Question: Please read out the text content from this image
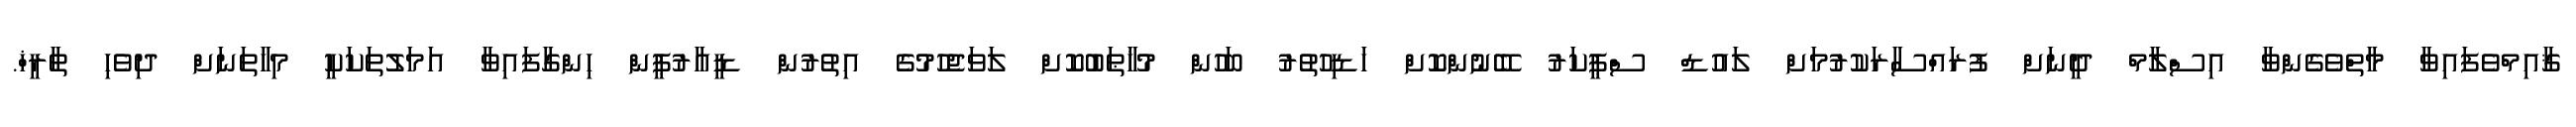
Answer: ޤާއިމްވެފައިވާ މާތްވެގެންވާ އިސްލާމް ދީނަށް ފުރައްސާރަކުރުމަށް ލައުޑް ސްޕީކަރު ބޭނުންކޮށް ހަޑިހުތުރު ބަހުން މުޚާޠަބުކޮށް ލަވަޖެހުމުގެ އިތުރުން ޑީއާރުޕީން ހިންގާފައިވާ އަމަލުތަކަކީ މިހާތަނަށް ދިވެހި ތާރީޚް.